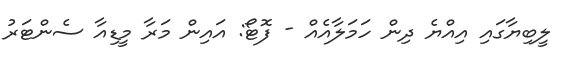
ލީބިޔާގައި އިއްޔެ ދިން ހަމަލާއެއް - ފޮޓޯ: އައިން މަރާ މީޑިއާ ސެންޓަރު